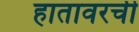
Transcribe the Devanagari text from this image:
हातावरची